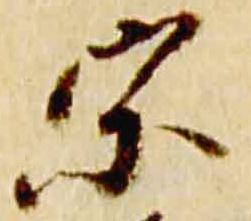
宗